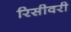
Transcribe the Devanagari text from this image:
रिसीवरी